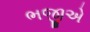
ભજીએ